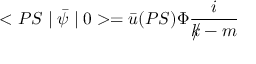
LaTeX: < P S \mid \bar { \psi } \mid 0 > = \bar { u } ( P S ) \Phi \frac { i } { k { \! \! \! / } - m }